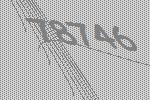
78746